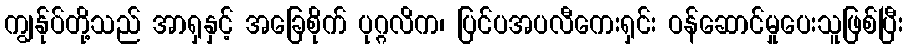
ကျွန်ုပ်တို့သည် အာရှနှင့် အခြေစိုက် ပုဂ္ဂလိက၊ ပြင်ပအပလီကေးရှင်း ဝန်ဆောင်မှုပေးသူဖြစ်ပြီး